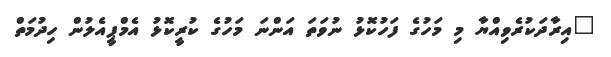
"އިރާދަކުރެވިއްޔާ މި މަހުގެ ފަހުކޮޅު ނުވަތަ އަންނަ މަހުގެ ކުރީކޮޅު އެމްޕީއެލުން ހިދުމަތް